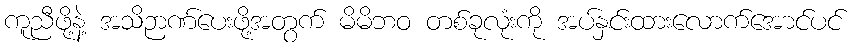
ကူညီဖို့နဲ့ အသိဉာဏ်ပေးဖို့အတွက် မိမိဘဝ တစ်ခုလုံးကို အပ်နှင်းထားလောက်အောင်ပင်